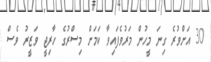
30 އަށްވުރެ ގިނަ މީހުން މަރުވެފައިވާ ކަމަށް މިސްރުގެ ހާރިޖީ ވަޒީރު ވެސް